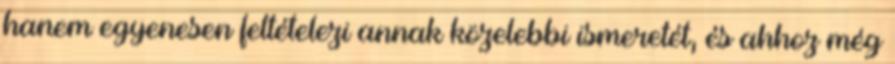
hanem egyenesen feltételezi annak közelebbi ismeretét, és ahhoz még